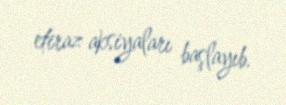
etiraz aksiyaları başlayıb.